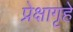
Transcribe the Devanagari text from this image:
प्रेक्षागृहे